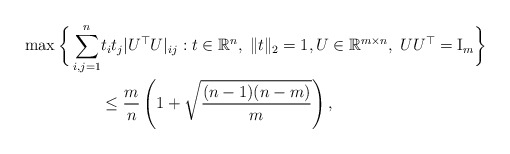
\begin{align*}\max \bigg\lbrace \sum_{i,j=1}^n & t_it_j|U^\top U|_{ij}:t\in\mathbb{R}^n,\;\|t\|_2=1,U\in \mathbb{R}^{m\times n},\; UU^\top={\rm I}_m \bigg\rbrace \\& \le\frac{m}{n} \left( 1 + \sqrt{\frac{(n-1)(n-m)}{m}} \right),\end{align*}